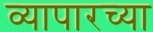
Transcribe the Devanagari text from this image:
व्यापारच्या